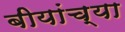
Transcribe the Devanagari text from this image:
बीयांच्या